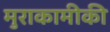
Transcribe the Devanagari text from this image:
मुराकामीकी